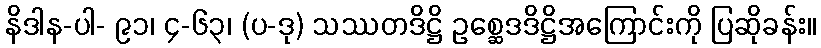
နိဒါန-ပါ- ၉၁၊ ၄-၆၃၊ (ပ-ဒု) သဿတဒိဋ္ဌိ ဥစ္ဆေဒဒိဋ္ဌိအကြောင်းကို ပြဆိုခန်း။